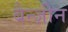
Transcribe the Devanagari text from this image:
बैन्ज़ीन